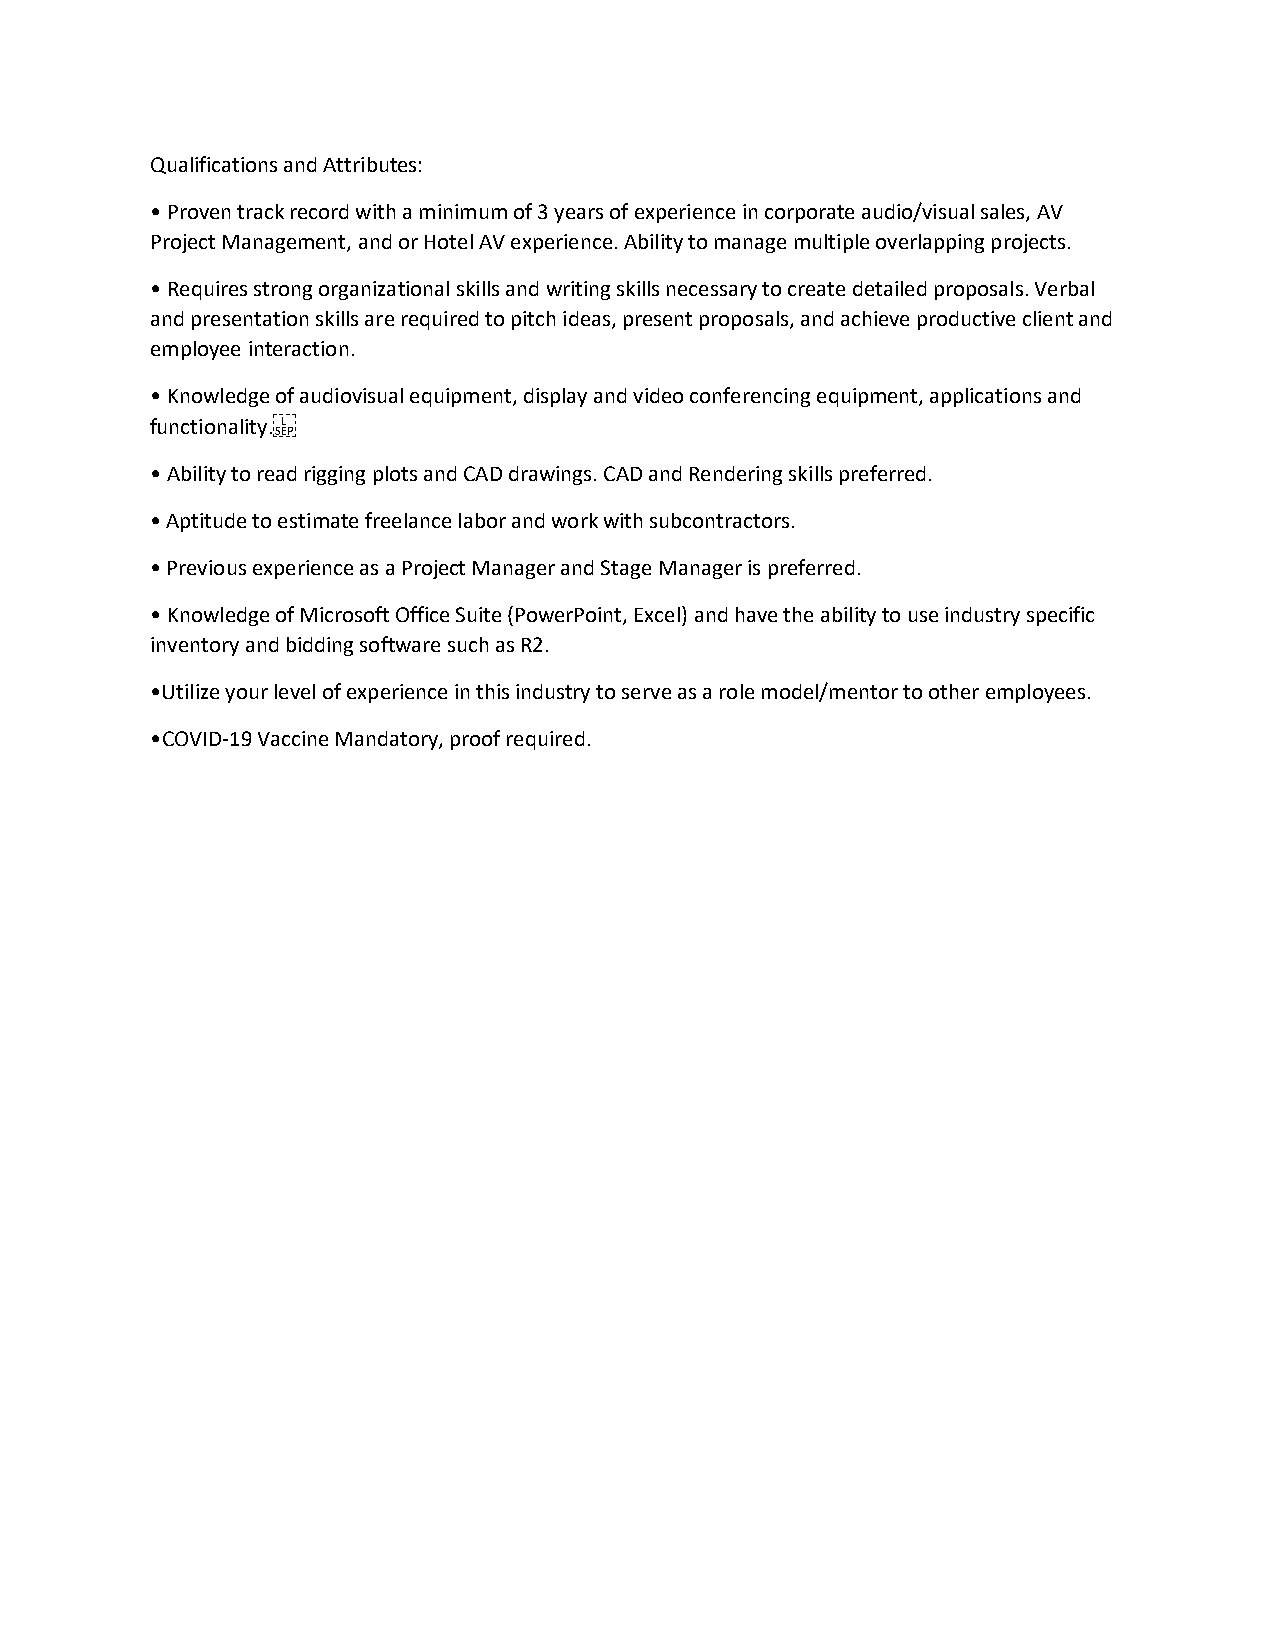
Qualifications and Attributes:
 • Proven track record with a minimum of 3 years of experience in corporate audio/visual sales, AV
 Project Management, and or Hotel AV experience. Ability to manage multiple overlapping projects.
 • Requires strong organizational skills and writing skills necessary to create detailed proposals. Verbal
 and presentation skills are required to pitch ideas, present proposals, and achieve productive client and
 employee interaction.
 • Knowledge of audiovisual equipment, display and video conferencing equipment, applications and
 functionality.
 • Ability to read rigging plots and CAD drawings. CAD and Rendering skills preferred.
 • Aptitude to estimate freelance labor and work with subcontractors.
 • Previous experience as a Project Manager and Stage Manager is preferred.
 • Knowledge of Microsoft Office Suite (PowerPoint, Excel) and have the ability to use industry specific
 inventory and bidding software such as R2.
 •Utilize your level of experience in this industry to serve as a role model/mentor to other employees.
 •COVID-19 Vaccine Mandatory, proof required.